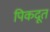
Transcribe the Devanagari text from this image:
पिकदूत